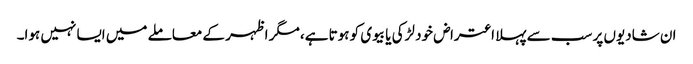
ان شادیوں پر سب سے پہلا اعتراض خود لڑکی یا بیوی کو ہوتا ہے، مگر اظہر کے معاملے میں ایسا نہیں ہوا۔